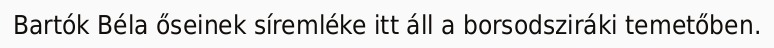
Bartók Béla őseinek síremléke itt áll a borsodsziráki temetőben.